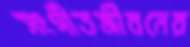
সংগীতজীবনের